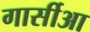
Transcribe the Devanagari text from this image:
गार्सीआ